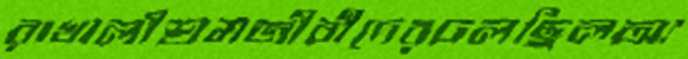
রাখালীশ্রমজীবীদেরঢলছিলঅ্য